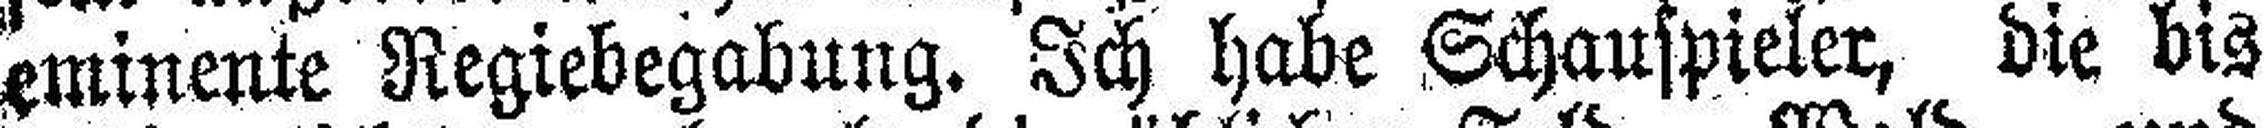
eminente Regiebegabung. Ich habe Schauspieler, die bis